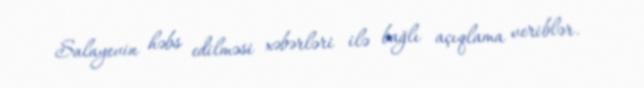
Salayevin həbs edilməsi xəbərləri ilə bağlı açıqlama veriblər.